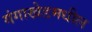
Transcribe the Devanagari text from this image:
गंगाखेडमधील